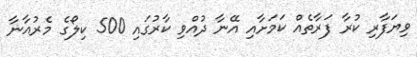
ވިޔަފާރި ކުރާ ފަރާތެއް ކަމަށާއި އޭނާ ދުއްވި ކާރުގައި 500 ކިލޯގެ މެރުއާނާ